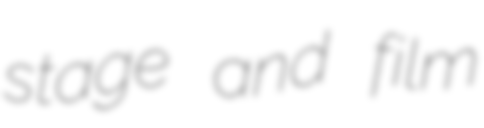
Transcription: stage and film